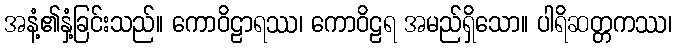
အနံ့၏နှံ့ခြင်းသည်။ ကောဝိဠာရဿ၊ ကောဝိဠရ အမည်ရှိသော။ ပါရိဆတ္တကဿ၊